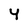
Character: 4